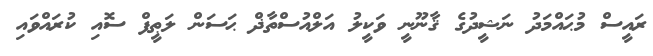
ރައީސް މުޙައްމަދު ނަޝީދުގެ ޤާނޫނީ ވަކީލު އަލްއުސްތާޛް ޙަސަން ލަޠީފް ސޮއި ކުރައްވައި